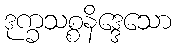
ဒုက္ခသစ္စနိဒ္ဒေသော